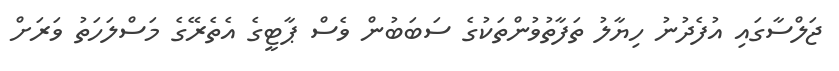
ޖަލްސާގައި އުފެދުނު ހިޔާލު ތަފާތުވުންތަކުގެ ސަބަބުން ވެސް ޕާޓީގެ އެތެރޭގެ މަސްލަހަތު ވަރަށް